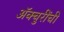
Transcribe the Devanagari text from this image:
ॲक्चुरींची